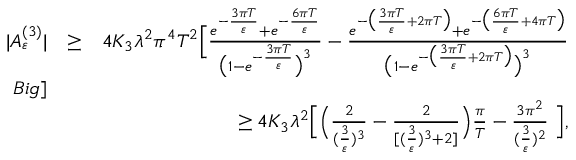
\begin{array} { r l r } { \vert { \cal A } _ { \varepsilon } ^ { ( 3 ) } \vert } & { \ge } & { 4 K _ { 3 } \lambda ^ { 2 } \pi ^ { 4 } T ^ { 2 } \Big [ \frac { e ^ { - \frac { 3 \pi T } { \varepsilon } } + e ^ { - \frac { 6 \pi T } { \varepsilon } } } { \big ( 1 - e ^ { - \frac { 3 \pi T } { \varepsilon } } \big ) ^ { 3 } } - \frac { e ^ { - \big ( \frac { 3 \pi T } { \varepsilon } + 2 \pi T \big ) } + e ^ { - \big ( \frac { 6 \pi T } { \varepsilon } + 4 \pi T \big ) } } { \big ( 1 - e ^ { - \big ( \frac { 3 \pi T } { \varepsilon } + 2 \pi T \big ) } \big ) ^ { 3 } } } \\ { B i g ] } \\ & { } & { \ge 4 K _ { 3 } \lambda ^ { 2 } \Big [ \Big ( \frac { 2 } { ( \frac { 3 } { \varepsilon } ) ^ { 3 } } - \frac { 2 } { [ ( \frac { 3 } { \varepsilon } ) ^ { 3 } + 2 ] } \Big ) \frac { \pi } { T } - \frac { 3 \pi ^ { 2 } } { ( \frac { 3 } { \varepsilon } ) ^ { 2 } } \ \Big ] , } \end{array}